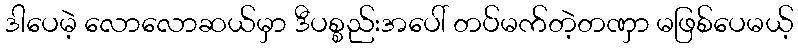
ဒါပေမဲ့ လောလောဆယ်မှာ ဒီပစ္စည်းအပေါ် တပ်မက်တဲ့တဏှာ မဖြစ်ပေမယ့်